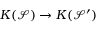
K ( \mathcal { S } ) \rightarrow K ( \mathcal { S } ^ { \prime } )